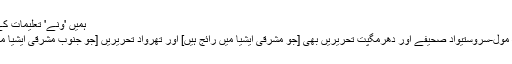
ہمیں 'ونے' تعلیمات کے مطابق قدم
اٹھا نا ہے – مول-سروستیواد صحیفے اور دھرمگپت تحریریں بھی [جو مشرقی ایشیا میں رائج ہیں] اور تھرواد تحریریں [جو جنوب مشرقی ایشیا میں رائج ہیں]۔